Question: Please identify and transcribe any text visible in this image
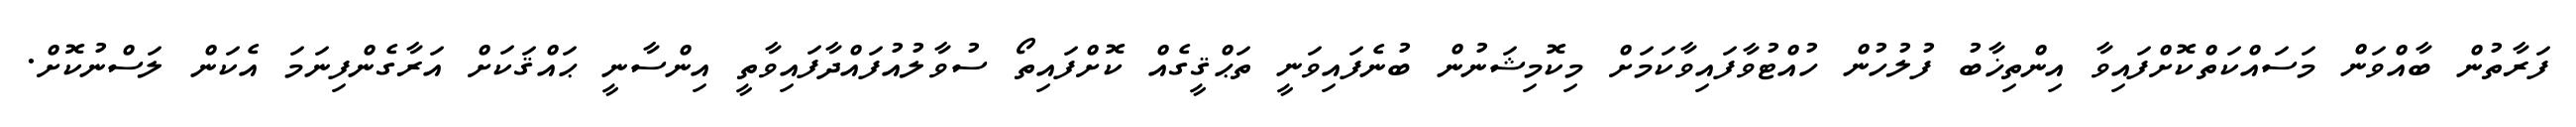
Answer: ފަރާތުން ބާއްވަން މަސައްކަތްކޮށްފައިވާ އިންތިޚާބު ފުލުހުން ހުއްޓުވާފައިވާކަމަށް މިކޮމިޝަނުން ބުނެފައިވަނީ ތަޙްޤީގެއް ކޮށްފައިތޯ ސުވާލުއުފައްދާފައިވާތީ އިންސާނީ ޙައްޤަކަށް އަރާގެންފިނަމަ އެކަން ލަސްނުކޮށް.